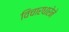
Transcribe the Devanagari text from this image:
विचारधारेने